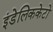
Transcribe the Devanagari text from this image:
इंडेलिककेटो